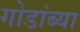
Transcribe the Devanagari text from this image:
गोडांब्या